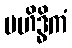
မဟိဒ္ဓိကံ